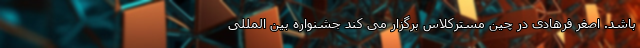
باشد. اصغر فرهادی در چین مسترکلاس برگزار می کند جشنواره بین المللی